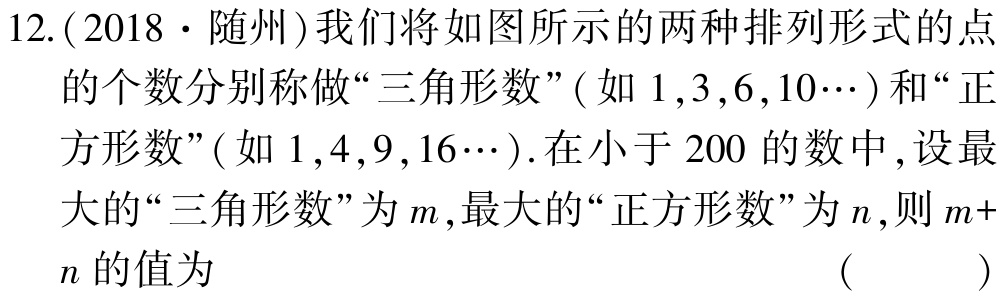
12.(2018·随州)我们将如图所示的两种排列形式的点的个数分别称做“三角形数”(如$1,3,6,10\cdots$)和“正方形数”(如$1,4,9,16\cdots$).在小于$200$的数中,设最大的“三角形数”为$m$,最大的“正方形数”为$n$,则$m + n$的值为 （ ）